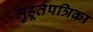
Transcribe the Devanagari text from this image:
मुहूर्तपत्रिका